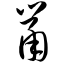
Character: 鼠